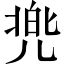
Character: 兠